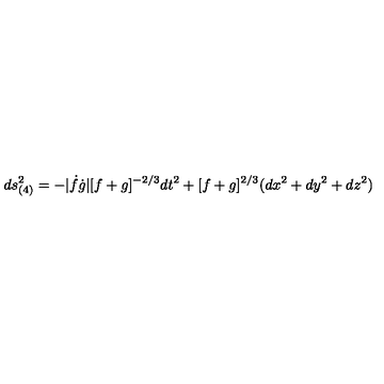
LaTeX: d s _ { ( 4 ) } ^ { 2 } = - | \dot { f } \dot { g } | [ f + g ] ^ { - 2 / 3 } d t ^ { 2 } + [ f + g ] ^ { 2 / 3 } ( d x ^ { 2 } + d y ^ { 2 } + d z ^ { 2 } )